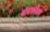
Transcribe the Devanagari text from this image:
बोबाफ्लेक्स